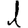
Digit: 1